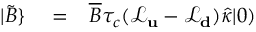
\begin{array} { r l r } { | \tilde { B } \} } & { { } = } & { \overline { B } \tau _ { c } ( \mathcal { L } _ { \bf u } - \mathcal { L } _ { \bf d } ) \hat { \kappa } | 0 ) } \end{array}